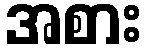
အစား